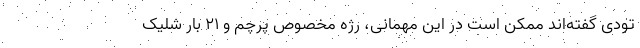
تودی گفته‌اند ممکن است در این مهمانی، رژه مخصوص پرچم و ۲۱ بار شلیک